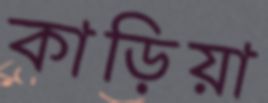
কাড়িয়া